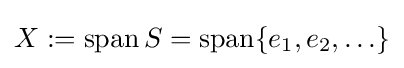
X:=\operatorname {span} S=\operatorname {span} \{e_{1},e_{2},\ldots \}